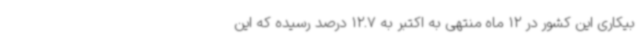
بیکاری این کشور در 12 ماه منتهی به اکتبر به 12.7 درصد رسیده که این